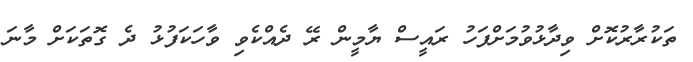
ތަކުރާރުކޮށް ވިދާޅުވުމަށްފަހު ރައީސް ޔާމީން ރޭ ދެއްކެވި ވާހަކަފުޅު ދެ ގޮތަކަށް މާނަ